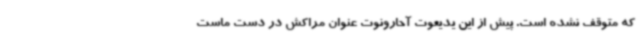
که متوقف نشده است. پیش از این یدیعوت آحارونوت عنوان مراکش در دست ماست